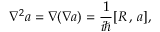
\nabla ^ { 2 } a = \nabla ( \nabla a ) = \frac 1 { i \hbar } [ R \, , \, a ] ,